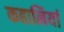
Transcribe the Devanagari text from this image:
कहानियां